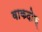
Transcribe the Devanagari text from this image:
वाकदोफ्